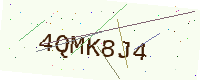
Text: 4QMK8J4